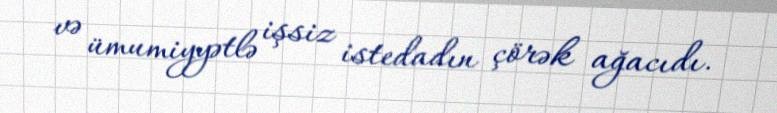
və ümumiyyətlə işsiz istedadın çörək ağacıdı.